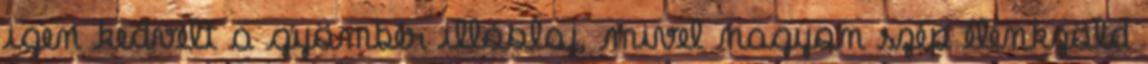
igen kedvelt a gyömbér illóolaj, mivel nagyon szép élénkzöld